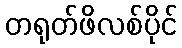
တရုတ်ဖိလစ်ပိုင်